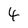
Character: 4